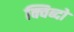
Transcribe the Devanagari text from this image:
क्विब्दो